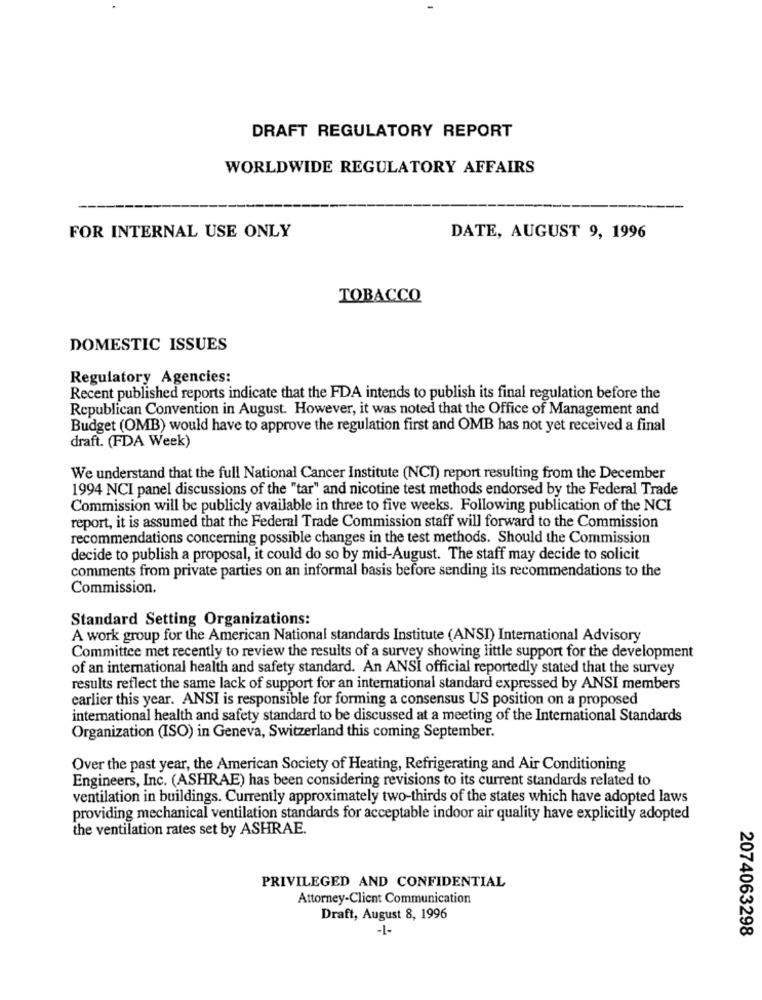
DRAFT REGULATORY REPORT
WORLDWIDE REGULATORY AFFAIRS
FOR INTERNAL USE ONLY
DATE, AUGUST 9, 1996
TOBACCO
DOMESTIC ISSUES
Regulatory Agencies:
Recent published reports indicate that the FDA intends to publish its final regulation before the
Republican Convention in August. However, it was noted that the Office of Management and
Budget (OMB) would have to approve the regulation first and OMB has not yet received a final
draft. (FDA Week)
We understand that the full National Cancer Institute (NCT) report resulting from the December
1994 NCI panel discussions of the "tar" and nicotine test methods endorsed by the Federal Trade
Commission will be publicly available in three to five weeks. Following publication of the NCI
report, it is assumed that the Federal Trade Commission staff will forward to the Commission
recommendations concerning possible changes in the test methods. Should the Commission
decide to publish a proposal, it could do so by mid-August. The staff may decide to solicit
comments from private parties on an informal basis before sending its recommendations to the
Commission.
Standard Setting Organizations:
A work group for the American National standards Institute (ANSI) International Advisory
Committee met recently to review the results of a survey showing little support for the development
of an international health and safety standard. An ANSI official reportedly stated that the survey
results reflect the same lack of support for an international standard expressed by ANSI members
earlier this year. ANSI is responsible for forming a consensus US position on a proposed
international health and safety standard to be discussed at a meeting of the International Standards
Organization (ISO) in Geneva, Switzerland this coming September.
Over the past year, the American Society of Heating, Refrigerating and Air Conditioning
Engineers, Inc. (ASHRAE) has been considering revisions to its current standards related to
ventilation in buildings. Currently approximately two-thirds of the states which have adopted laws
providing mechanical ventilation standards for acceptable indoor air quality have explicitly adopted
the ventilation rates set by ASHRAE.
PRIVILEGED AND CONFIDENTIAL
Attorney-Client Communication
Draft, August 8, 1996
-1-
2074063298